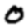
Digit: 0